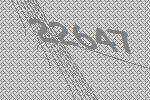
22647